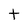
Character: t